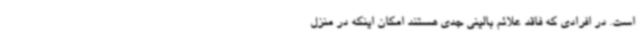
است. در افرادی که فاقد علائم بالینی جدی هستند امکان اینکه در منزل